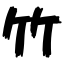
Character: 竹